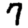
Digit: 7